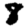
Digit: 8